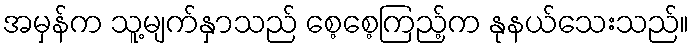
အမှန်က သူ့မျက်နှာသည် စေ့စေ့ကြည့်က နုနယ်သေးသည်။